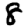
Digit: 8